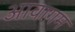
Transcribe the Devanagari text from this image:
आवागम